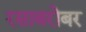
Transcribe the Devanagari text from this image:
रसाबरोबर